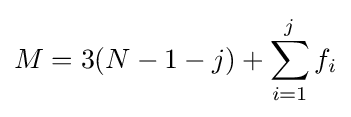
M=3(N-1-j)+\sum _{i=1}^{j}f_{i}